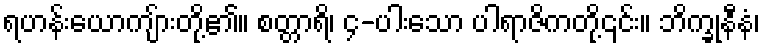
ရဟန်းယောကျ်ားတို့၏။ စတ္တာရိ၊ ၄-ပါးသော ပါရာဇိကတို့၎င်း။ ဘိက္ခုနီနံ၊